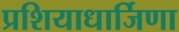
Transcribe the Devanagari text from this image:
प्रशियाधार्जिणा